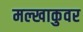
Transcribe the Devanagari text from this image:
मल्खाकुवर